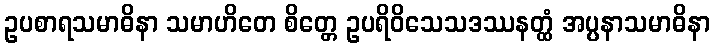
ဥပစာရသမာဓိနာ သမာဟိတေ စိတ္တေ ဥပရိဝိသေသဒဿနတ္ထံ အပ္ပနာသမာဓိနာ